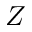
Z